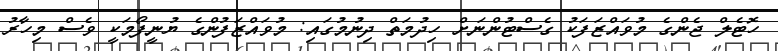
ހޮޓެލް ޖެންގެ މުވައްޒަފަކު ގެސްޓުންނަށް ހިދުމަތް ދިނުމުގައި: މުވައްޒަފުންގެ ޔުނީފޯމަަކީ ވެސް މިހާރު